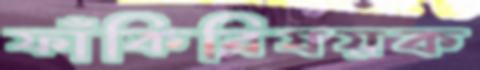
ফাঁকিবিষয়ক